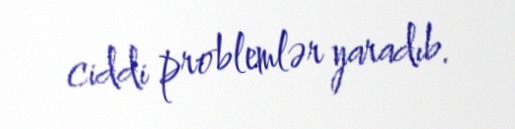
ciddi problemlər yaradıb.